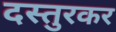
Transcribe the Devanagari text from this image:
दस्तुरकर